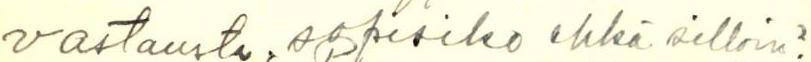
vastausta, sopisiko ehkä silloin?